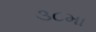
૩૮મા